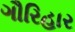
ગૌરિહાર